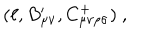
( \ell , B _ { \mu \nu } ^ { \prime } , C _ { \mu \nu \rho \sigma } ^ { + } ) \ ,